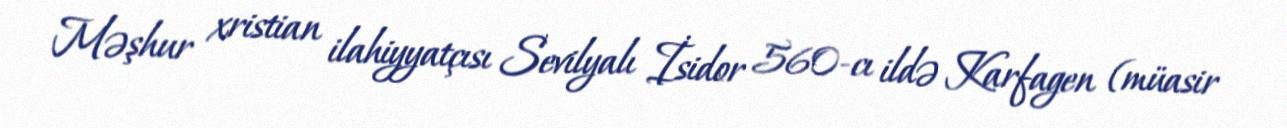
Məşhur xristian ilahiyyatçısı Sevilyalı İsidor 560-cı ildə Karfagen (müasir